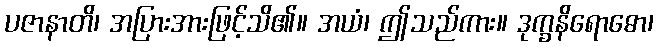
ပဇာနာတိ၊ အပြားအားဖြင့်သိ၏။ အယံ၊ ဤသည်ကား။ ဒုက္ခနိရောဓော၊